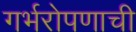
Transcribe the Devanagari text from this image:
गर्भरोपणाची